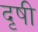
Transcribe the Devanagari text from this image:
दृषी